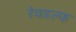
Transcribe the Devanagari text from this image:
रेवडल्फ